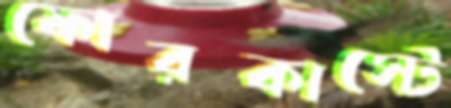
ফোরকাস্টে